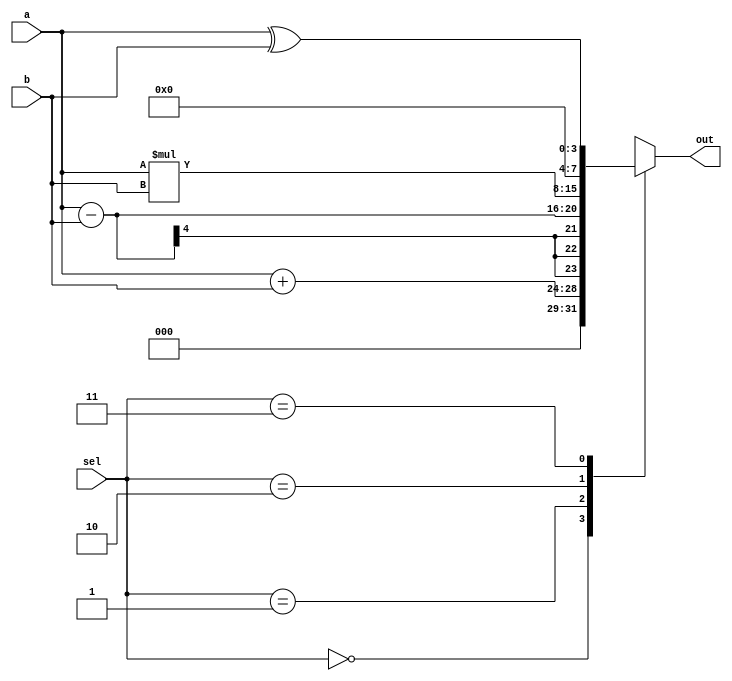
//4-bit ALU
`timescale 1ns/1ps

module alu(
  a,
  b,
  sel,
  out
  );
  
  input [3:0] a, b;
  input [1:0] sel; 
  
  output [7:0] out;
  reg [7:0] out;
  
  always @(a or b or sel or out) begin
    case(sel)
      2'b00 : out = (a + b);
      2'b01 : out = (a - b);
      2'b10 : out = (a * b);
      2'b11 : out = (a ^ b);
      default : out = 8'h00;
    endcase
  end
  
  
endmodule